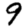
Digit: 9